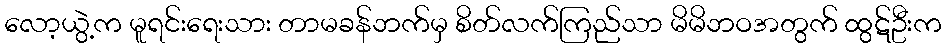
လော့ယွဲ့က မူရင်းရေးသား တာမခန်ဘက်မှ စိတ်လက်ကြည်သာ မိမိဘဝအတွက် ထွဋ်ဦးက